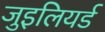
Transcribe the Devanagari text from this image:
जुइलियर्ड